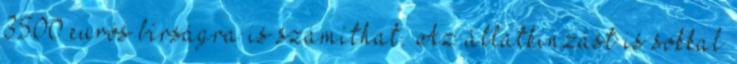
3500 eurós bírságra is számíthat. Az állatkínzást is sokkal